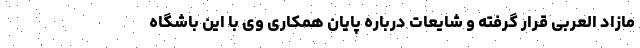
مازاد العربی قرار گرفته و شایعات درباره پایان همکاری وی با این باشگاه